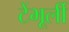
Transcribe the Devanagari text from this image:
टेंभूर्ली